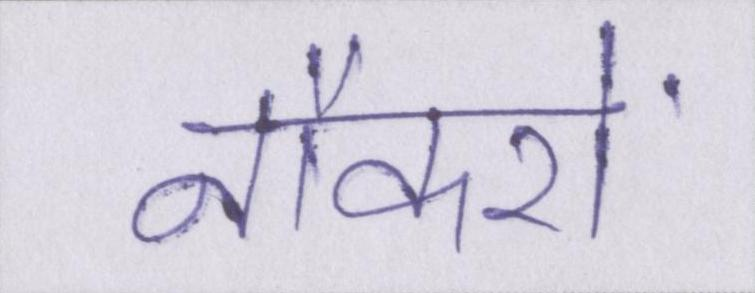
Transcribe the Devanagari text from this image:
नौकरों